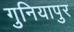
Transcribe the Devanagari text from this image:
गुनियापुर